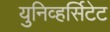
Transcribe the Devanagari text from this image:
युनिव्हर्सिटेट